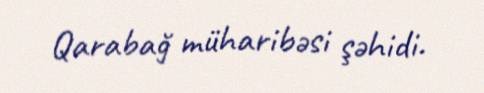
Qarabağ müharibəsi şəhidi.